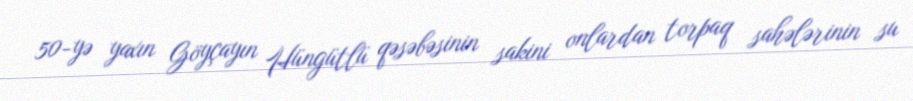
50-yə yaxın Göyçayın Hüngütlü qəsəbəsinin sakini onlardan torpaq sahələrinin su